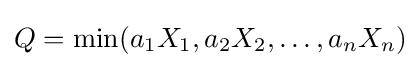
Q=\min(a_{1}X_{1},a_{2}X_{2},\dotsc ,a_{n}X_{n})